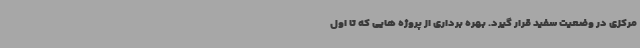
مرکزی در وضعیت سفید قرار گیرد. بهره برداری از پروژه هایی که تا اول